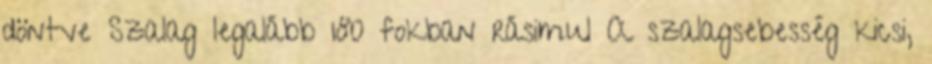
döntve Szalag legalább 180 fokban rásimul A szalagsebesség kicsi,